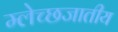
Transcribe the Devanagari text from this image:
म्लेच्छजातीय